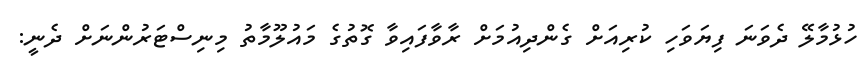
ހުޅުމާލޭ ދެވަނަ ފިޔަވަހި ކުރިއަށް ގެންދިއުމަށް ރާވާފައިވާ ގޮތުގެ މައުލޫމާތު މިނިސްޓަރުންނަށް ދެނީ: